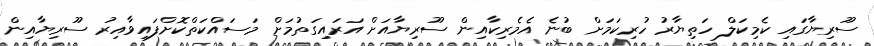
ސޫރިޔާގައި ކެމިކަލް ހަތިޔާރު ހުރިކަމަށް ބުނެ އެމެރިކާއިން ސޫރިޔާއަށް އަރައިގަތުމަށް މަސައްކަތްކޮށްފައިވާއިރު ސޫރިޔާއިން